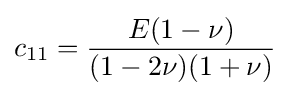
c_{11}={\frac {E(1-\nu )}{(1-2\nu )(1+\nu )}}